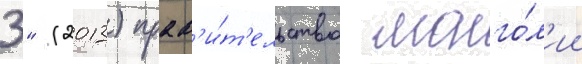
3" (2013) прав'и́т'ельство монго́л'ии